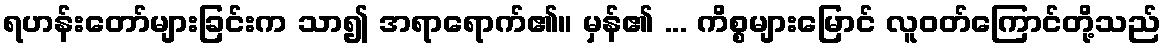
ရဟန်းတော်များခြင်းက သာ၍ အရာရောက်၏။ မှန်၏ ... ကိစ္စများမြောင် လူဝတ်ကြောင်တို့သည်